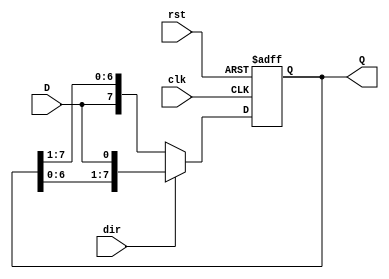
module ShiftRegister #(parameter N = 8) (
    input wire clk,            // Clock signal
    input wire rst,            // Asynchronous reset
    input wire D,              // Data input bit
    input wire dir,            // Shift direction (1 for left, 0 for right)
    output reg [N-1:0] Q       // Output vector of bits
);

    // Sequential logic for shift register
    always @(posedge clk or posedge rst) begin
        if (rst) begin
            Q <= {N{1'b0}}; // Reset register to 0
        end else begin
            if (dir) begin
                // Shift left
                Q <= {Q[N-2:0], D}; // Shift left and insert D at LSB
            end else begin
                // Shift right
                Q <= {D, Q[N-1:1]}; // Shift right and insert D at MSB
            end
        end
    end

endmodule